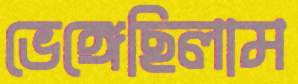
ভেঙ্গেছিলাম